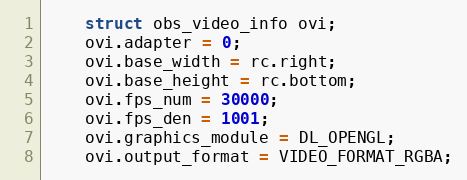
Language: C++
	struct obs_video_info ovi;
	ovi.adapter = 0;
	ovi.base_width = rc.right;
	ovi.base_height = rc.bottom;
	ovi.fps_num = 30000;
	ovi.fps_den = 1001;
	ovi.graphics_module = DL_OPENGL;
	ovi.output_format = VIDEO_FORMAT_RGBA;